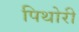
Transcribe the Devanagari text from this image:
पिथोरी